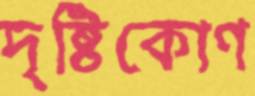
দৃষ্টিকোণ